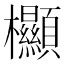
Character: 𣡲